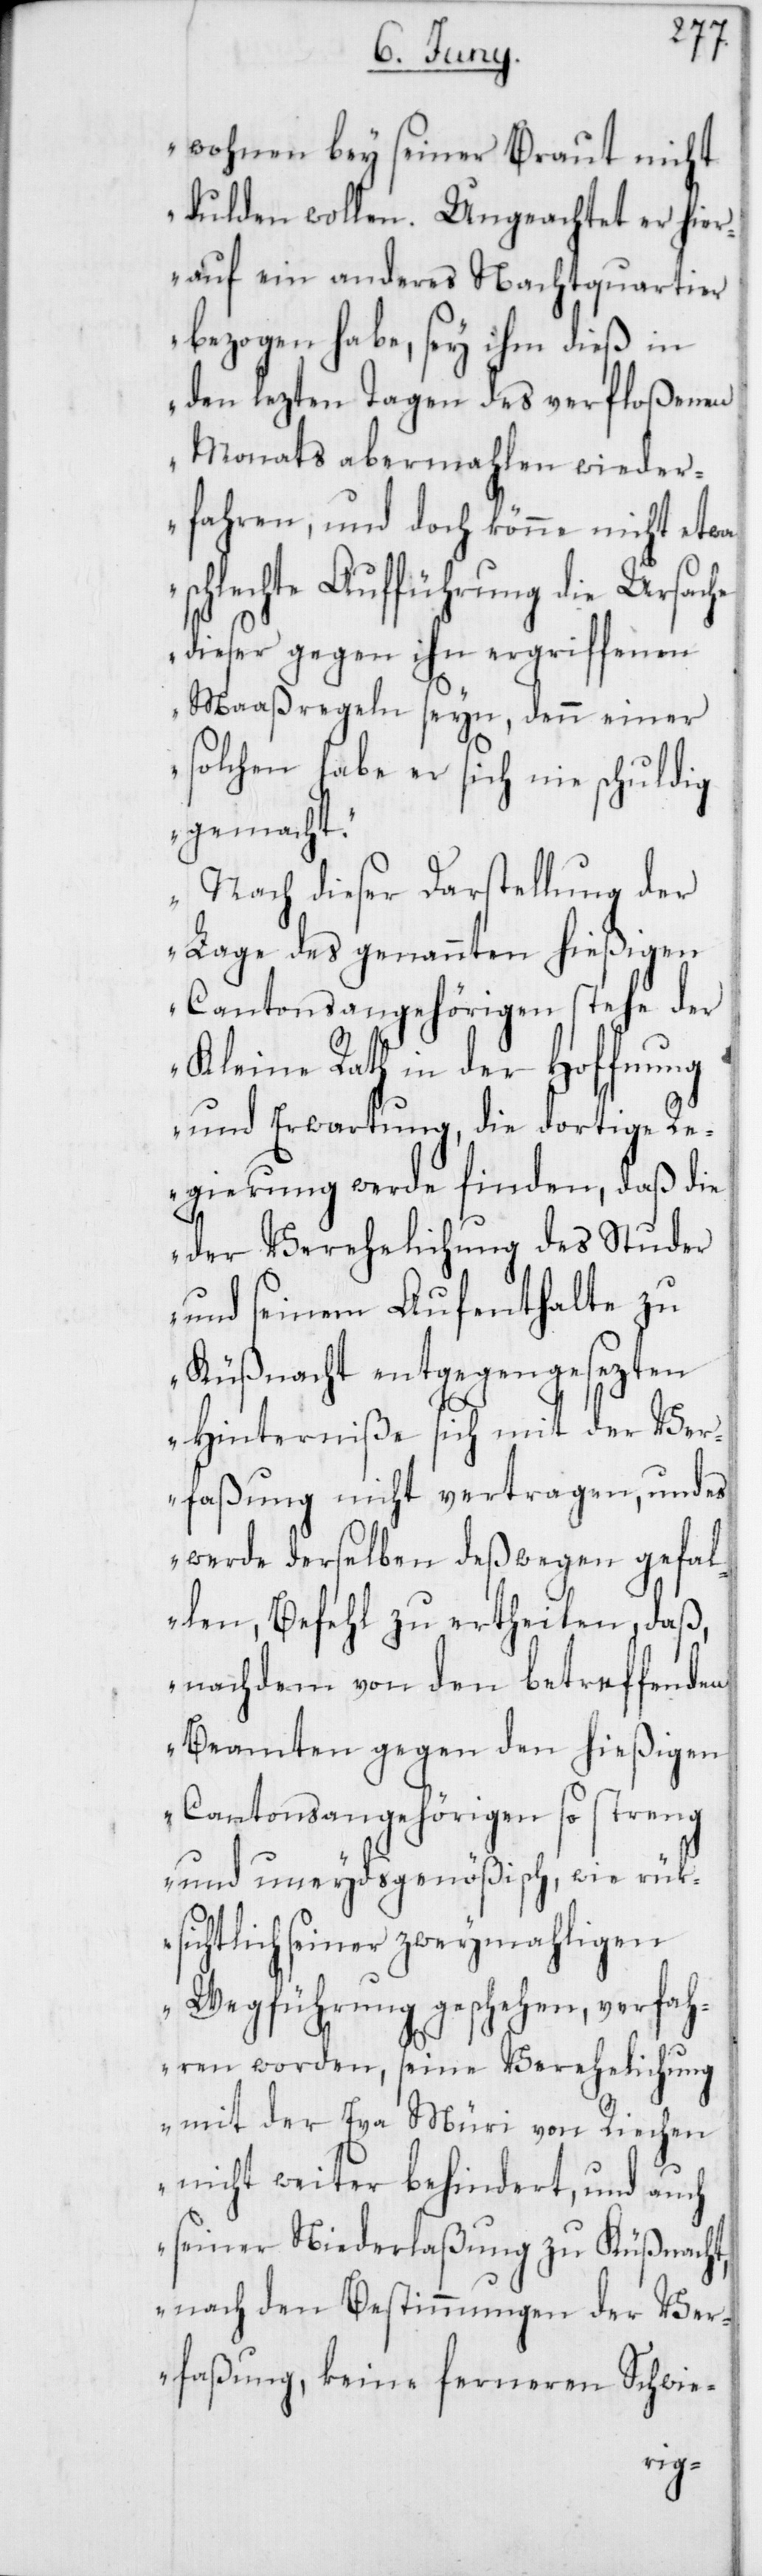
wohnen bey seiner Braut nicht
dulden wollen. Ungeachtet er hier¬
auf ein anderes Nachtquartier
bezogen habe, sey ihm dieß in
den lezten Tagen des verfloßenen
Monats abermahlen wieder¬
fahren, und doch könne nicht etwa
schlechte Aufführung die Urasche
dieser gegen ihn ergriffenen
Maaßregeln seyn, denn einer
solchen habe er sich nie schuldig
gemacht.
Nach dieser Darstellung der
Lage des genannten hießigen
Cantonsangehörigen stehe der
Kleine Rath in der Hoffnung
und Erwartung, die dortige Re¬
gierung werde finden, daß die
der Verehelichung des Studer
und seinem Auftenthalte zu
Küßnacht entgegengesezten
Hinderniße sich mit der Ver¬
faßung nicht vertragen, und es
werde derselben deßwegen gefal¬
len, Befehl zu ertheilen, daß,
nachdem von den betreffenden
Beamten gegen den hießigen
Cantonsangehörigen so streng
und uneydsgenößisch, wie rük¬
sichtlich seiner zweymahligen
Wegführung geschehen, verfah¬
ren worden, seine Verehelichung
mit der Eva Müri von Riechen
nicht weiter behindert, und auch
seiner Niederlaßung zu Küßnacht,
nach den Bestimmungen der Ver¬
faßung, keine ferneren Schwie-